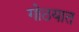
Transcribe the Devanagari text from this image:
गोठयात